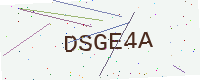
Text: DSGE4A